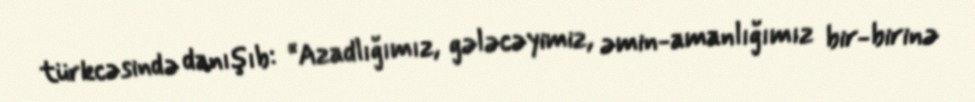
türkcəsində danışıb: “Azadlığımız, gələcəyimiz, əmin-amanlığımız bir-birinə